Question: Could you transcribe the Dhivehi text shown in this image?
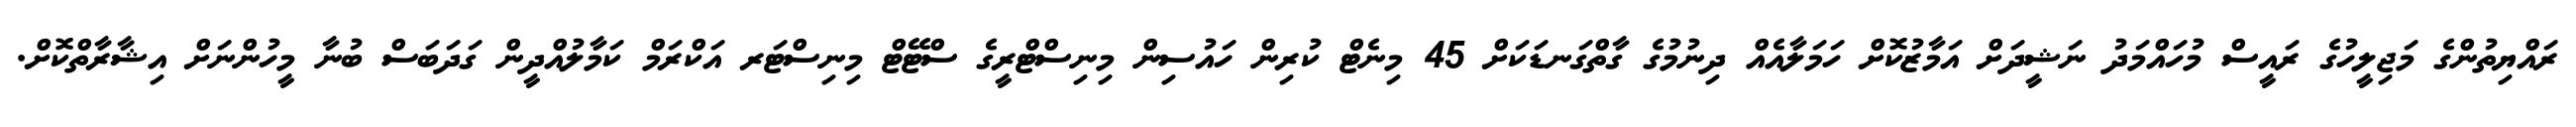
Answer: ރައްޔިތުންގެ މަޖިލީހުގެ ރައީސް މުހައްމަދު ނަޝީދަށް އަމާޒުކޮށް ހަމަލާއެއް ދިނުމުގެ ގާތްގަނޑަކަށް 45 މިނެޓް ކުރިން ހައުސިން މިނިސްޓްރީގެ ސްޓޭޓް މިނިސްޓަރ އަކްރަމް ކަމާލުއްދީން ގަދަބަސް ބުނާ މީހުންނަށް އިޝާރާތްކޮށް.